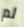
لم